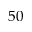
5 0